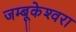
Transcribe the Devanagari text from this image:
जम्बूकेश्‍वरा